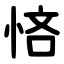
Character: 悋